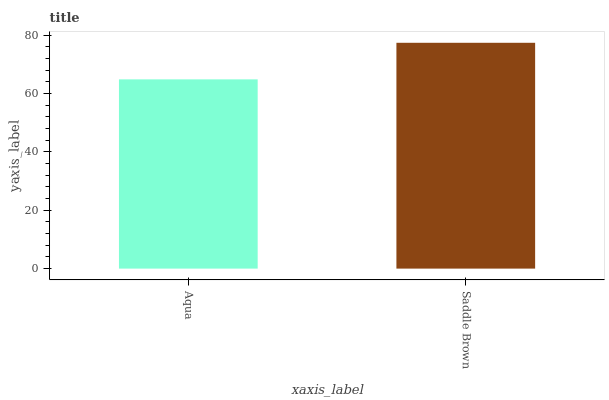
| xaxis_label | bars |
 | --- | --- |
 | Aqua | 64.8 |
 | Saddle Brown | 77.3 |